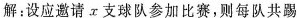
解：设应邀请α支球队参加比赛，则每队共踢